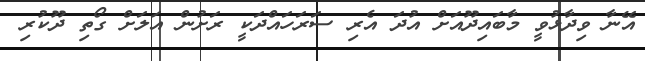
އޭނާ ވިދާޅުވީ މާބައިދޫއަށް އުދަ އެރި ސަރަހައްދަކީ ރަށުން އަލަށް ގޯތި ދޫކުރި